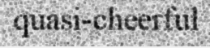
quasi-cheerful